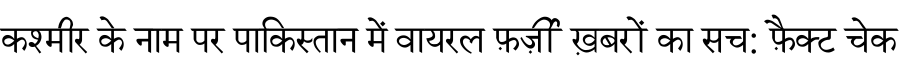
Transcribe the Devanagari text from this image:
कश्मीर के नाम पर पाकिस्तान में वायरल फ़र्ज़ी ख़बरों का सच: फ़ैक्ट चेक